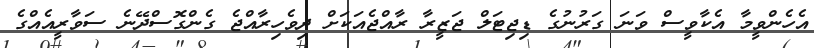
އެހެންވީމާ އެކާވީސް ވަނަ ގަރުނުގެ ޑިޖިޓަލް ޖަޒީރާ ރާއްޖެއަކަށް ދިވެހިރާއްޖެ ގެންގޮސްދޭނެ ސަވާރީއެއްގެ